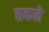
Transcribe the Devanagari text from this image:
तकते